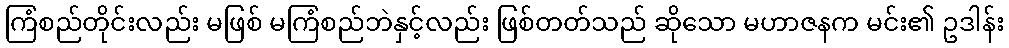
ကြံစည်တိုင်းလည်း မဖြစ် မကြံစည်ဘဲနှင့်လည်း ဖြစ်တတ်သည် ဆိုသော မဟာဇနက မင်း၏ ဥဒါန်း